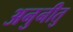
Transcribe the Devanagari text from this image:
अनुनीतु